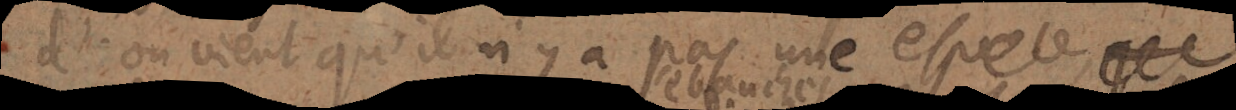
d’où vient qu’il n’y a pas une espece